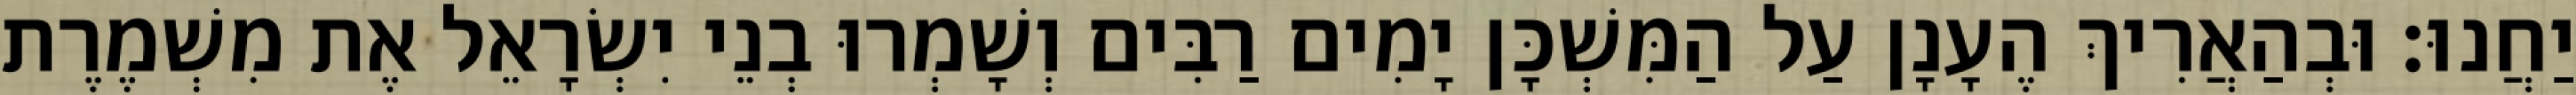
יַחֲנוּ׃ וּבְהַאֲרִיךְ הֶעָנָן עַל הַמִּשְׁכָּן יָמִים רַבִּים וְשָׁמְרוּ בְנֵי יִשְׂרָאֵל אֶת מִשְׁמֶרֶת